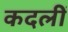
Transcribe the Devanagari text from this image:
कदलीं